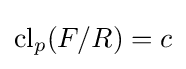
\mathrm {cl} _{p}(F/R)=c